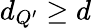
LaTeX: d_{Q^{\prime}}\geq d